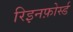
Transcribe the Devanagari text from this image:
रिइनफ़ोर्स्ड